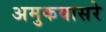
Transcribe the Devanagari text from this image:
अमुकवासरे